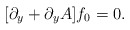
\begin{align*}[\partial_y+\partial_yA]f_0=0.\end{align*}